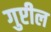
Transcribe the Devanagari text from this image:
गुप्टील